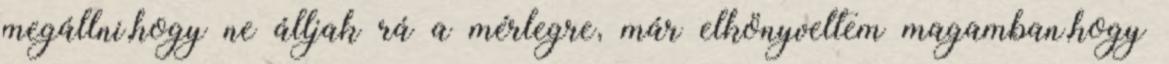
megállni,hogy ne álljak rá a mérlegre, már elkönyveltem magamban,hogy